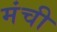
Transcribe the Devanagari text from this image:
मंची